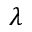
\lambda